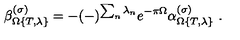
\beta _ { \Omega \{ T , \lambda \} } ^ { ( \sigma ) } = - ( - ) ^ { \sum _ { n } \lambda _ { n } } e ^ { - \pi \Omega } \alpha _ { \Omega \{ T , \lambda \} } ^ { ( \sigma ) } \ .